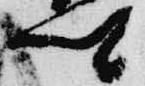
卿